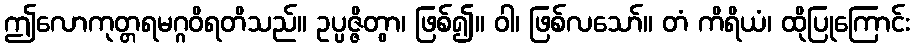
ဤလောကုတ္တရမဂ္ဂဝိရတိသည်။ ဥပ္ပဇ္ဇိတွာ၊ ဖြစ်၍။ ဝါ၊ ဖြစ်လသော်။ တံ ကိရိယံ၊ ထိုပြုကြောင်း